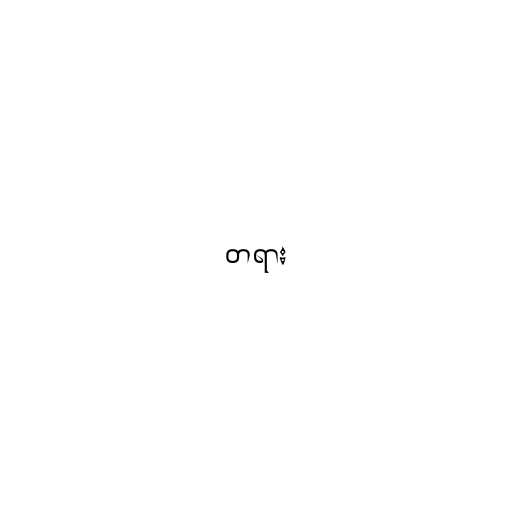
တရား